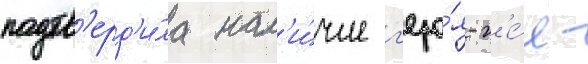
подтв'ерд'и́ла нал'и́чие г'еро́я-г'е́я -